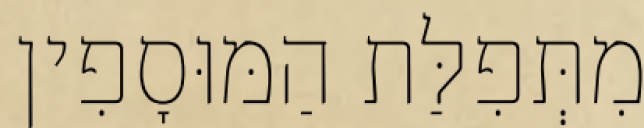
מִתְּפִלַּת הַמּוּסָפִין